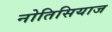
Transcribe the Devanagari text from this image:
नोतिसियाज